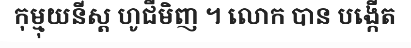
កុម្មុយនីស្ត ហូជីមិញ ។ លោក បាន បង្កើត